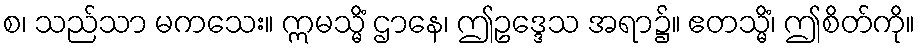
စ၊ သည်သာ မကသေး။ ဣမသ္မိံ ဌာနေ၊ ဤဥဒ္ဒေသ အရာ၌။ ဧတသ္မိံ၊ ဤစိတ်ကို။